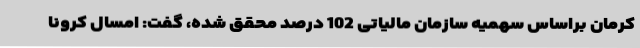
کرمان براساس سهمیه سازمان مالیاتی 102 درصد محقق شده، گفت: امسال کرونا